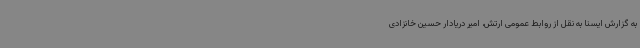
به گزارش ایسنا به نقل از روابط عمومی ارتش، امیر دریادار حسین خانزادی